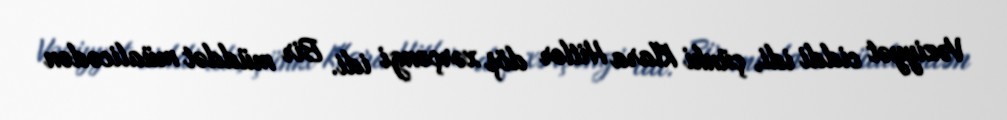
Vəziyyət ciddi idi, çünki Klara Hitler döş xərçəngi idi. Bir müddət müalicədən